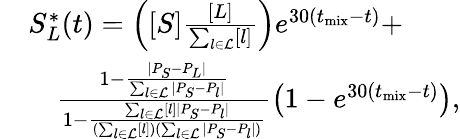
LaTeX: \begin{array}{rl}&{S_{L}^{\ast}(t)=\left([S]\frac{[L]}{\sum_{l\in\mathcal{L}}[l]}\right)e^{30(t_{\mathrm{mix}}-t)}+}\\ &{\quad\frac{1-\frac{|P_{S}-P_{L}|}{\sum_{l\in\mathcal{L}}|P_{S}-P_{l}|}}{1-\frac{\sum_{l\in\mathcal{L}}[l]|P_{S}-P_{l}|}{(\sum_{l\in\mathcal{L}}[l])(\sum_{l\in\mathcal{L}}|P_{S}-P_{l}|)}}\left(1-e^{30(t_{\mathrm{mix}}-t)}\right),}\end{array}